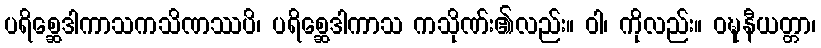
ပရိစ္ဆေဒါကာသကသိဏဿပိ၊ ပရိစ္ဆေဒါကာသ ကသိုဏ်း၏လည်း။ ဝါ၊ ကိုလည်း။ ဝဍ္ဎနီယတ္တာ၊